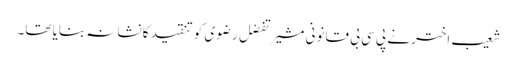
شعیب اختر نے پی سی بی قانونی مشیر تفضل رضوی کو تنقید کا نشانہ بنایا تھا۔